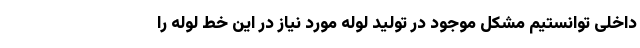
داخلی توانستیم مشکل موجود در تولید لوله مورد نیاز در این خط لوله را